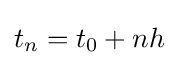
t_{n}=t_{0}+nh